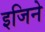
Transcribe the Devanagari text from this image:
इजिने